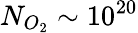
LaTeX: N_{O_{2}}\sim 10^{20}